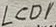
Text: LCD1